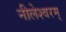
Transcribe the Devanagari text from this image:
नीलेश्वरम्